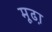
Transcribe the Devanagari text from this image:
मूढा़